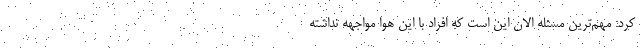
کرد: مهم‌ترین مسئله الان این است که افراد با این هوا مواجهه نداشته